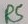
Text: R5